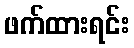
ဖက်ထားရင်း